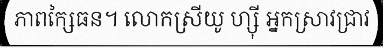
ភាពក្សៃធន។ លោកស្រីយូ ហ្ស៊ី អ្នកស្រាវជ្រាវ